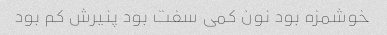
خوشمزه بود نون کمی سفت بود پنیرش کم بود